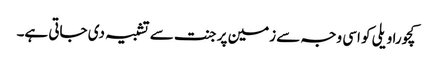
کچورا ویلی کو اسی وجہ سے زمین پر جنت سے تشبیہ دی جاتی ہے۔